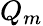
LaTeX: Q_{m}